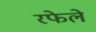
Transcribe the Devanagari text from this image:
रफेले